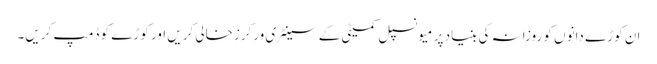
ان کوڑے دانوں کو روزانہ کی بنیاد پر میونسپل کمیٹی کے سینٹری ورکرزخالی کریں اور کوڑے کو ڈمپ کریں۔